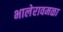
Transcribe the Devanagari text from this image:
भालेरावमळा